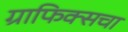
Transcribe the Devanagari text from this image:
ग्राफिक्सचा